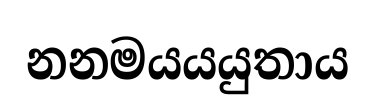
නනමයයයුතාය